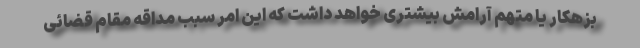
بزهکار یا متهم آرامش بیشتری خواهد داشت که این امر سبب مداقه مقام قضائی